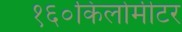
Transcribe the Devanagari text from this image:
१६०किलोमीटर